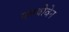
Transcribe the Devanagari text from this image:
एमथोवेन